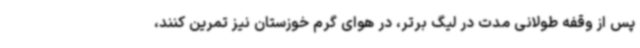
پس از وقفه طولانی مدت در لیگ برتر، در هوای گرم خوزستان نیز تمرین کنند،